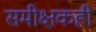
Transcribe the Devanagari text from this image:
समीक्षकही